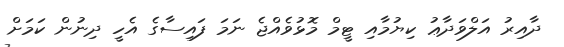
ދާއިރު އަލްވަދާޢު ކިޔުމާއި ޓީމް މޮޅުވެއްޖެ ނަމަ ފައިސާގެ އެހީ ދިނުން ކަމަށް